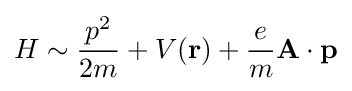
H\sim {p^{2} \over 2m}+V(\mathbf {r} )+{e \over m}\mathbf {A} \cdot \mathbf {p}